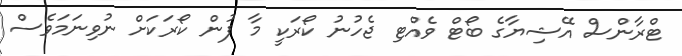
ޓްރާންސް އޭޝިޔާގެ ބޯޓް ވެއްޓި ޖެހުނު ކޯރަކީ މާ ފުން ކޯރަކަށް ނުވިނަމަވެސް